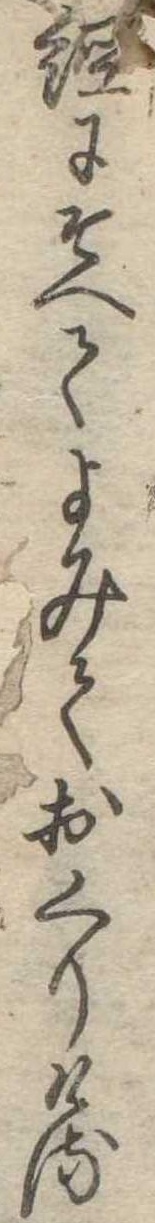
経にそへてよみておくりける